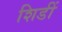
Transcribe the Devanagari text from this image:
शिडीं